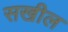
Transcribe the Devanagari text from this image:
सखील